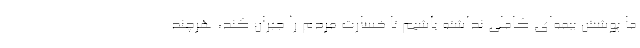
ما پوشش بیمه‌ای کاملی نداشته باشیم تا خسارت مردم را جبران کند، هرچند